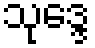
သုဒ္ဒေ